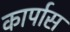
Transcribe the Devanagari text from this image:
कार्पास